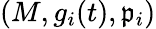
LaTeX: (M,g_{i}(t),\mathfrak{p}_{i})